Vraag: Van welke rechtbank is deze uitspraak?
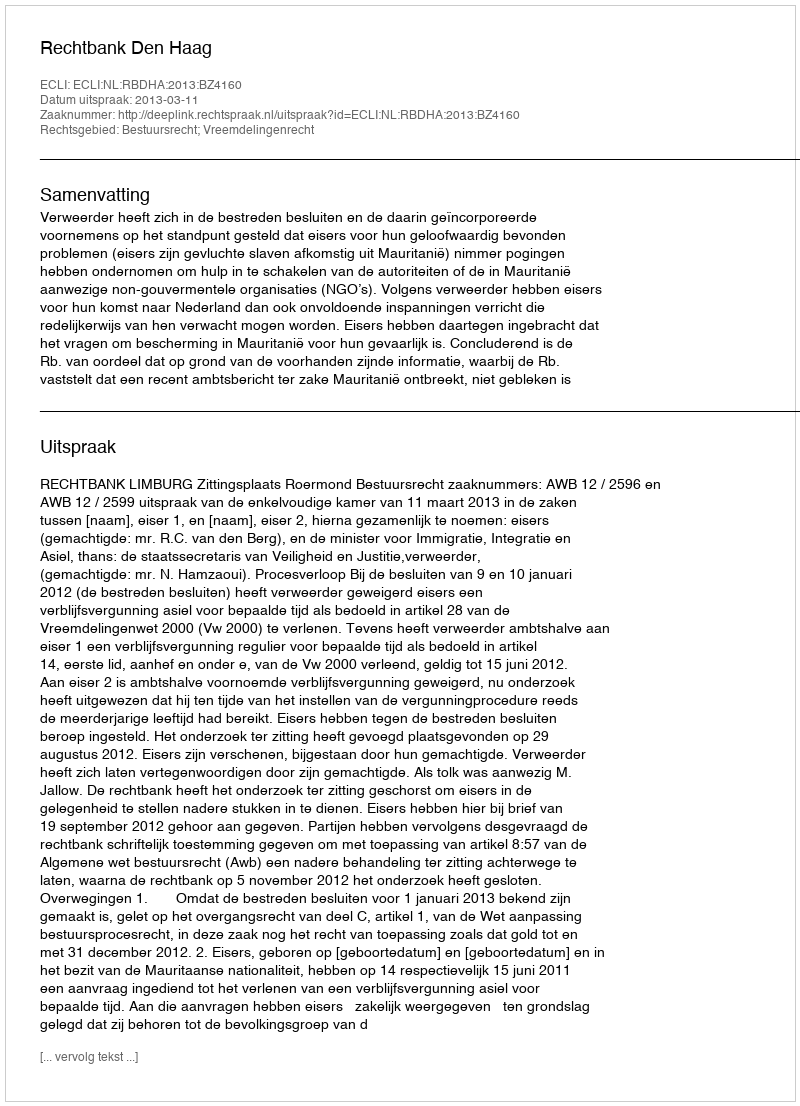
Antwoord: Rechtbank Den Haag